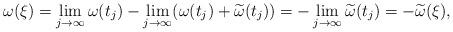
LaTeX: \begin{align*}\omega(\xi)=\lim_{j\to\infty}\omega(t_j)-\lim_{j\to\infty}(\omega(t_j)+\widetilde{\omega}(t_j))=-\lim_{j\to\infty}\widetilde{\omega}(t_j)=-\widetilde{\omega}(\xi),\end{align*}